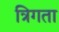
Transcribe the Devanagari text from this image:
त्रिगता